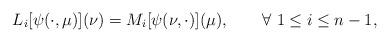
LaTeX: \begin{align*}L_i [\psi(\cdot,\mu)](\nu) = M_i [\psi(\nu,\cdot)](\mu), \qquad\forall\ 1 \leq i \leq n-1,\end{align*}